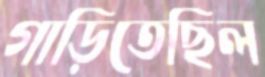
গাড়িতেছিল